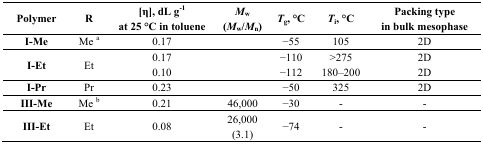
<table><thead><tr><td><b>Polymer</b></td><td><b>R</b></td><td><b>[η], dL g<sup>−1</sup> at 25 °C in toluene</b></td><td><b><i>M</i><sub>w</sub> (<i>M</i><sub>w</sub>/<i>M</i><sub>n</sub>)</b></td><td><b><i>T</i><sub>g</sub>, °C</b></td><td><b><i>T</i><sub>i</sub>, °C</b></td><td><b>Packing type in bulk mesophase</b></td></tr></thead><tbody><tr><td><b>I-Me</b></td><td>Me a</td><td>0.17</td><td></td><td>−55</td><td>105</td><td>2D</td></tr><tr><td rowspan="2"><b>I-Et</b></td><td rowspan="2">Et</td><td>0.17</td><td></td><td>−110</td><td>&gt;275</td><td>2D</td></tr><tr><td>0.10</td><td></td><td>−112</td><td>180–200</td><td>2D</td></tr><tr><td><b>I-Pr</b></td><td>Pr</td><td>0.23</td><td></td><td>−50</td><td>325</td><td>2D</td></tr><tr><td><b>III-Me</b></td><td>Me b</td><td>0.21</td><td>46,000</td><td>−30</td><td>-</td><td>-</td></tr><tr><td><b>III-Et</b></td><td>Et</td><td>0.08</td><td>26,000 (3.1)</td><td>−74</td><td>-</td><td>-</td></tr></tbody></table>